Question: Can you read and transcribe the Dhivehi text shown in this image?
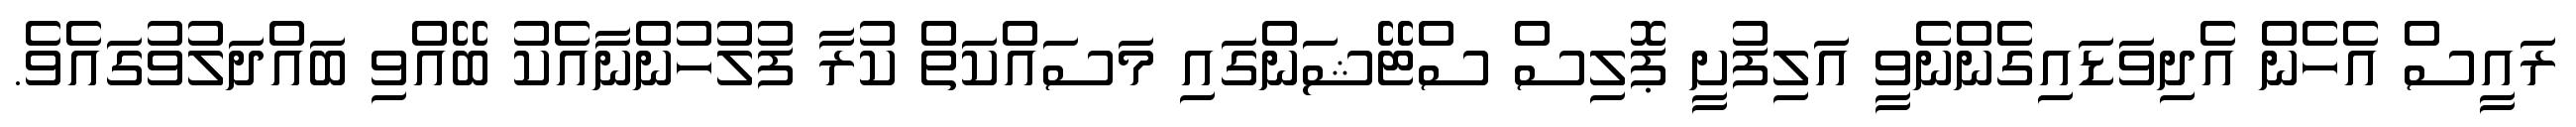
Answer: ރައީސް އެހެން އެދިވަޑައިގެންނެވީ އަލިފުށީ ޕޮލިސް ސްޓޭޝަންގައި މަސައްކަތް ކުރާ ފުލުހުންނާއެކު ބޭއްވި ބައްދަލުވުގައެވެ.